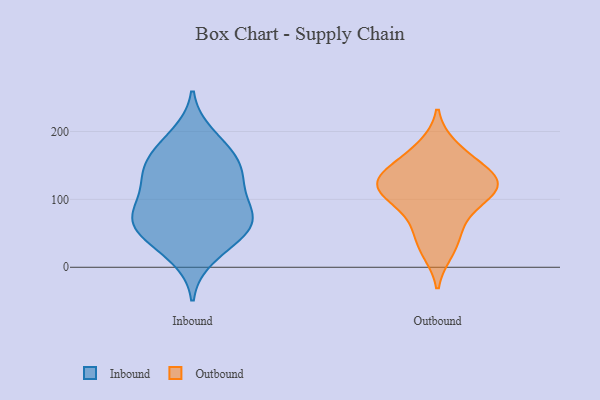
{"axis": {"x": "Population (Million)", "y": "Value"}, "legend": ["Inbound", "Outbound"], "data": [{"x": "", "y": 161, "type": "Inbound"}, {"x": "", "y": 67, "type": "Inbound"}, {"x": "", "y": 140, "type": "Inbound"}, {"x": "", "y": 141, "type": "Inbound"}, {"x": "", "y": 89, "type": "Inbound"}, {"x": "", "y": 66, "type": "Inbound"}, {"x": "", "y": 126, "type": "Inbound"}, {"x": "", "y": 152, "type": "Inbound"}, {"x": "", "y": 35, "type": "Inbound"}, {"x": "", "y": 62, "type": "Inbound"}, {"x": "", "y": 180, "type": "Inbound"}, {"x": "", "y": 84, "type": "Inbound"}, {"x": "", "y": 48, "type": "Inbound"}, {"x": "", "y": 110, "type": "Inbound"}, {"x": "", "y": 15, "type": "Inbound"}, {"x": "", "y": 68, "type": "Inbound"}, {"x": "", "y": 195, "type": "Inbound"}, {"x": "", "y": 153, "type": "Outbound"}, {"x": "", "y": 77, "type": "Outbound"}, {"x": "", "y": 142, "type": "Outbound"}, {"x": "", "y": 119, "type": "Outbound"}, {"x": "", "y": 120, "type": "Outbound"}, {"x": "", "y": 49, "type": "Outbound"}, {"x": "", "y": 23, "type": "Outbound"}, {"x": "", "y": 114, "type": "Outbound"}, {"x": "", "y": 178, "type": "Outbound"}, {"x": "", "y": 128, "type": "Outbound"}, {"x": "", "y": 101, "type": "Outbound"}]}